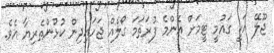
ޖޫލޭ އަކީ ގައުމީ ޓީމަށް އެންމެ ފުރަތަމަ ގޯލެއް ޖަހައިދިން ކުޅުންތެރިޔާ އެވެ.